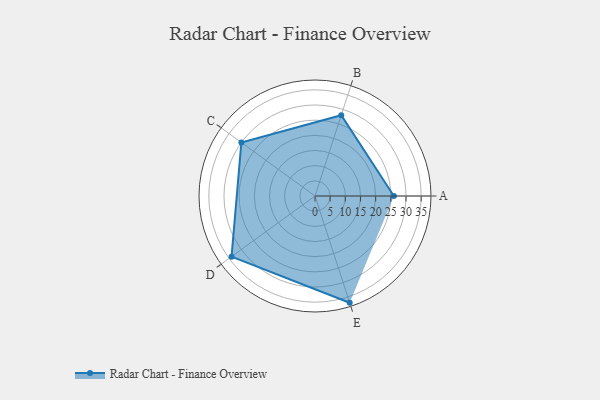
{"axis": {"x": "Skill", "y": "Score"}, "legend": ["Profile"], "data": [{"x": "A", "y": 26.0, "type": "Profile"}, {"x": "B", "y": 28.0, "type": "Profile"}, {"x": "C", "y": 30.0, "type": "Profile"}, {"x": "D", "y": 34.0, "type": "Profile"}, {"x": "E", "y": 37.0, "type": "Profile"}]}